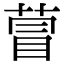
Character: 萺